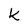
Character: k